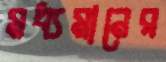
মধ্যমানের